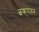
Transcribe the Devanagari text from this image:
त्वक्‌पतन